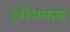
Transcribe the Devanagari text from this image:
हरिभक्तन्ह